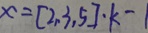
x = [ 2 , 3 , 5 ] \cdot k - 1